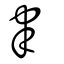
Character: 聿